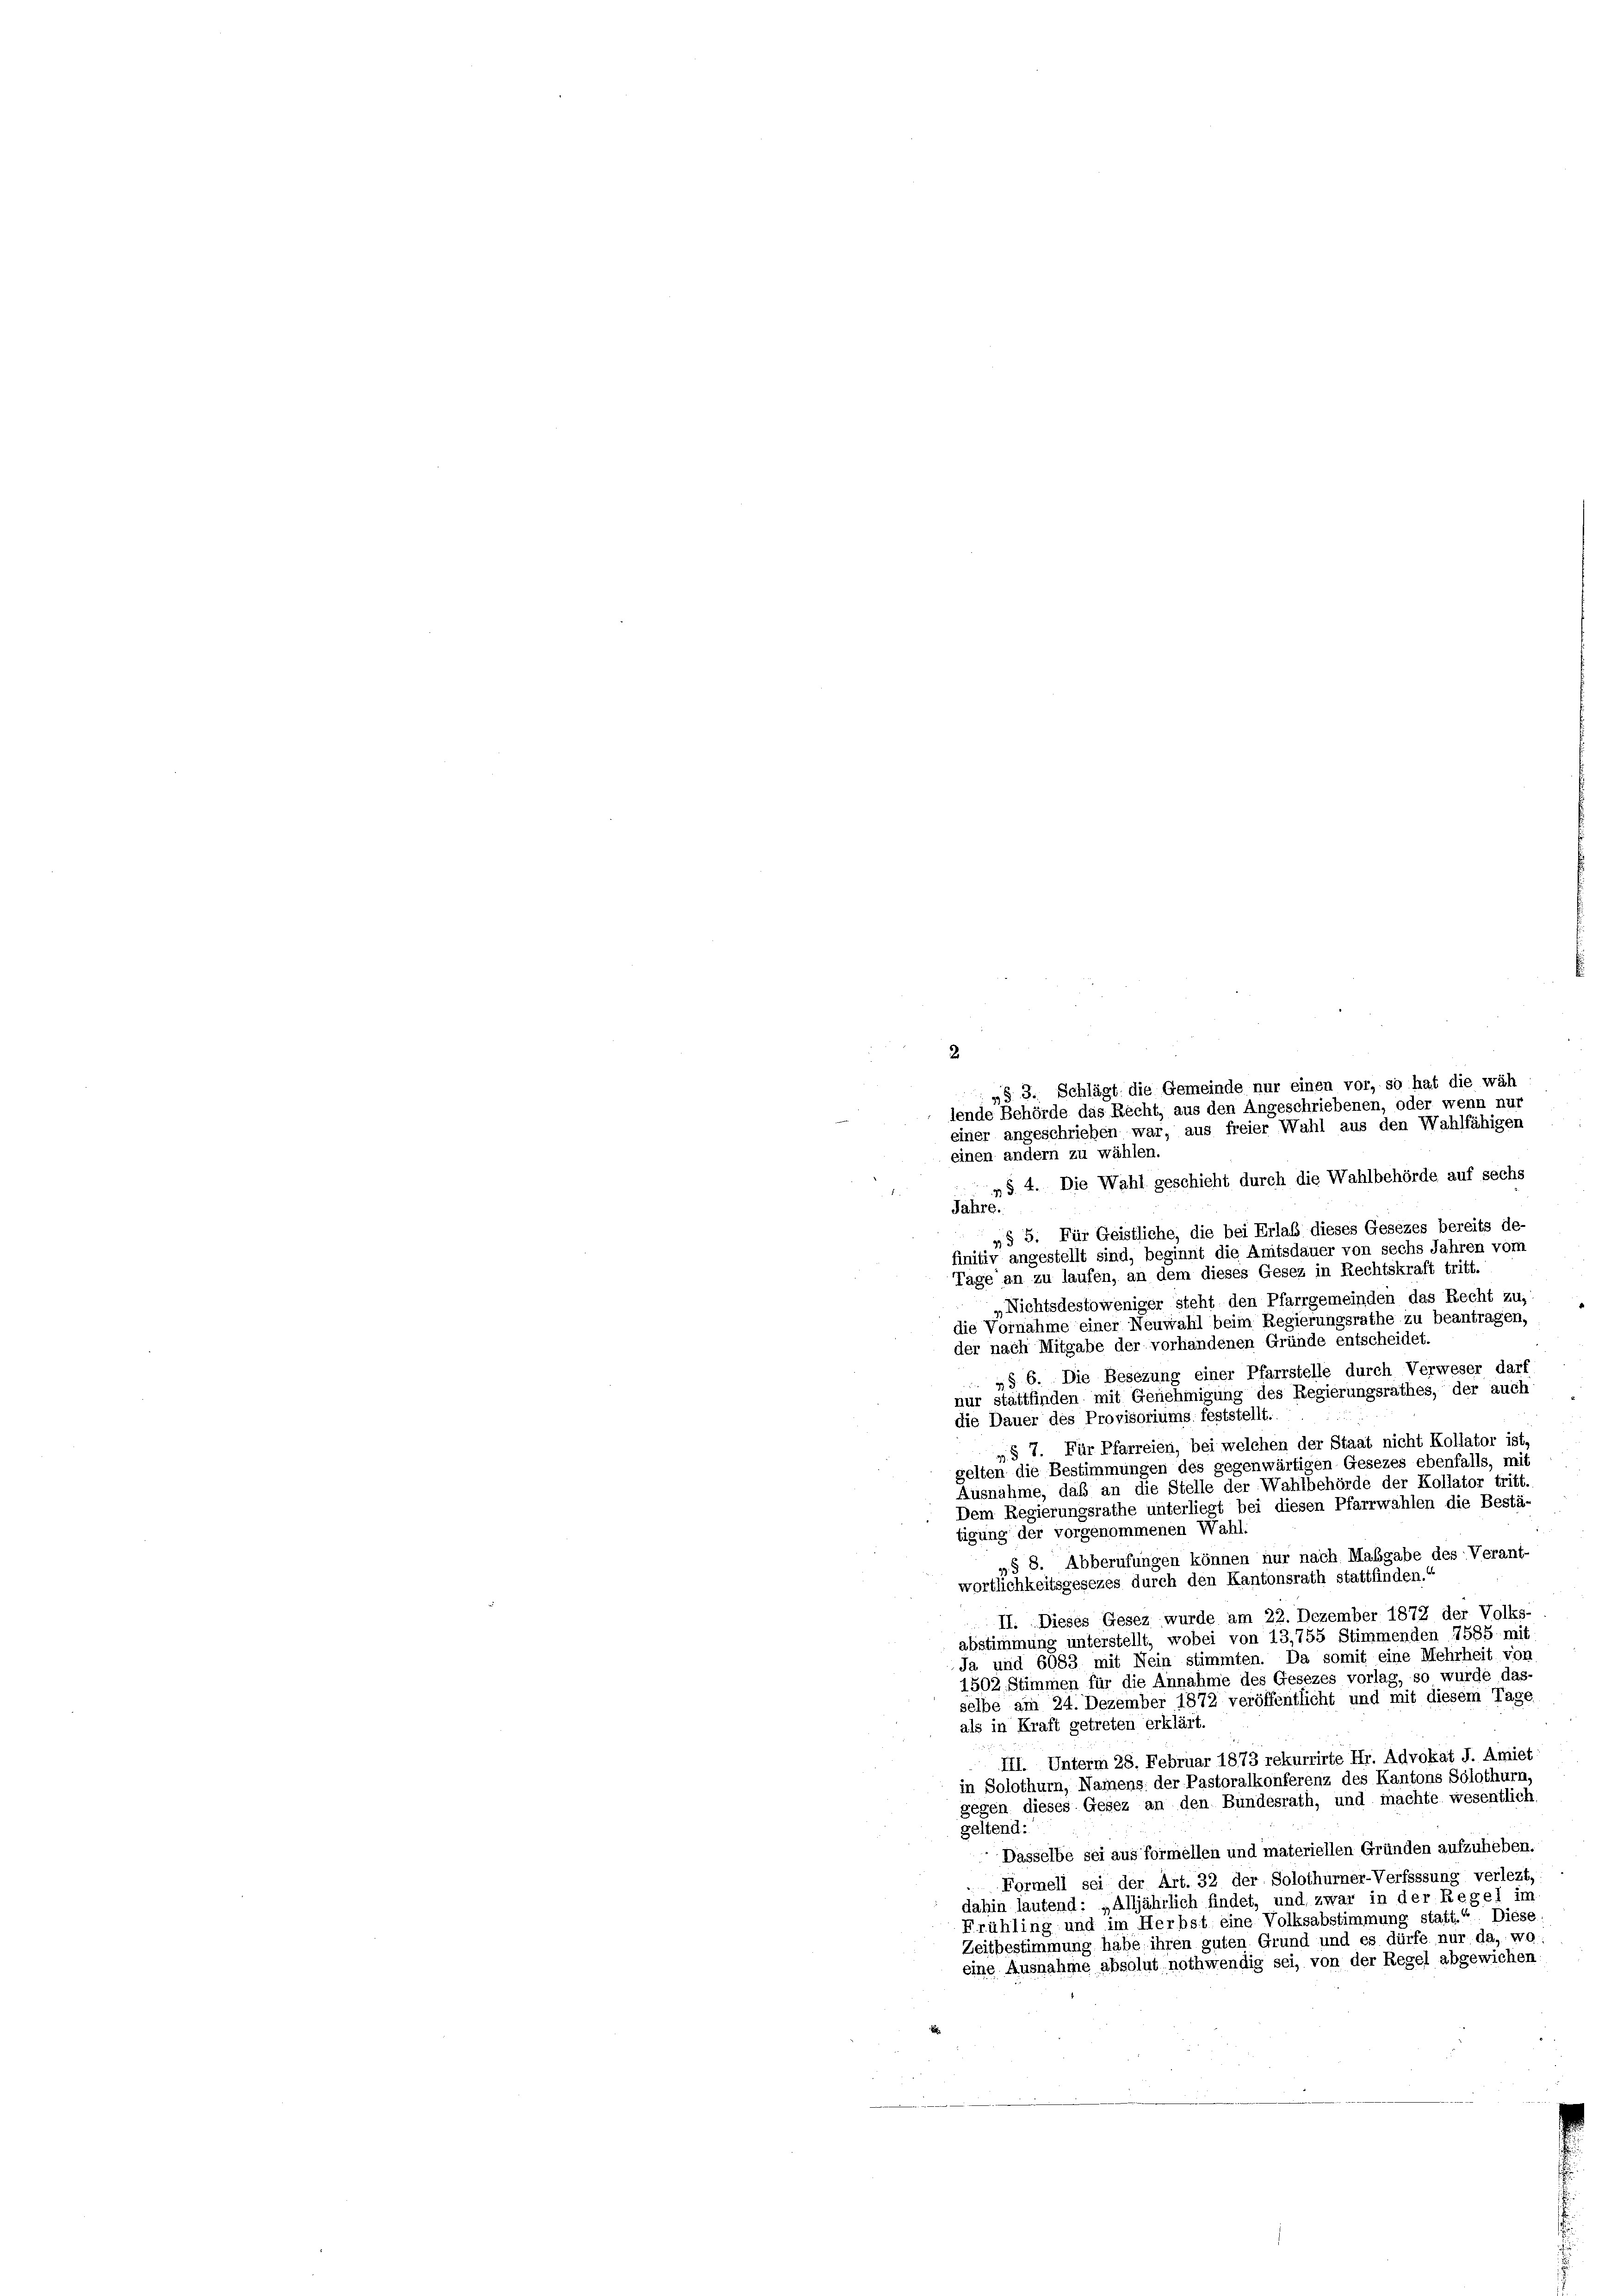
„§ 4. Die Wahl geschicht durch die Wahlbehörde auf sechs
Jahre.
„§ 5. Für Geistliche, die bei Erlaß dieses Gesezes bereits de-
finitiv angestellt sind, beginnt die Amtsdauer von sechs Jahren vom
Tage an zu laufen, an dem dieses Gesez in Rechtskraft tritt.
„Nichtsdestoweniger steht den Pfarrgemeinden das Recht zu,
die Vornahme einer Neuwahl beim Regierungsrathe zu beantragen,
der nach Mitgabe der vorhandenen Gründe entscheidet.
„§ 6. Die Besezung einer Pfarrstelle durch Verweser darf
nur stattfinden mit Genehmigung des Regierungsrathes, der auch
die Dauer des Provisoriums feststellt.
„§ 7. Für Pfarreien, bei welchen der Staat nicht Kollator ist,
gelten die Bestimmungen des gegenwärtigen Gesezes ebenfalls, mit
Ausnahme, daß an die Stelle der Wahlbehörde der Kollator tritt.
Dem Regierungsrathe unterliegt bei diesen Pfarrwahlen die Bestä-
tigung der vorgenommenen Wahl.
„§ 8. Abberufungen können nur nach Maßgabe des Verant-
wortlichkeitsgesezes durch den Kantonsrath stattfinden.“
II. Dieses Gesez wurde am 22. Dezember 1872 der Volks-
abstimmung unterstellt, wobei von 13,755 Stimmenden 1585 mit
Ja und 6083 mit Nein stimmten. Da somit eine Mehrheit von
1502, Stimmen für die Annahme des Gesezes vorlag, so wurde das
selbe am 24. Dezember 1872 veröffentlicht und mit diesem Tage
als in Kraft getreten erklärt.
III. Unterm 28. Februar 1873 rekurrirte Hr. Advokat J. Amiet
in Solothurn, Namens der Pastoralkonferenz des Kantons Solothurn,
gegen dieses Gesez an den Bundesrath, und machte wesentlich,
geltend:
Dasselbe sei aus formellen und materiellen Gründen aufzuheben.
Formell sei der Art. 32 der Solothurner-Verfassung verlezt
dahin lautend: „Alljährlich findet, und zwar in der Regel im
Frühling und im Herbst eine Volksabstimmung statt.“ Diese
Zeitbestimmung habe ihren guten Grund und es dürfe nur da, wo
eine Ausnahme absolut nothwendig sei, von der Regel abgewichen

2
„§. 3. Schlägt die Gemeinde nur einen vor, so hat die wäh
lende Behörde das Recht, aus den Angeschriebenen, oder wenn nur
einer angeschrieben war, aus freier Wahl aus den Wahlfähigen
einen andern zu wählen.